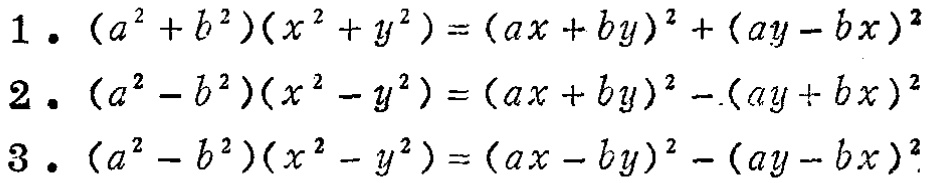
1. \((a^{2}+b^{2})(x^{2}+y^{2})=(ax + by)^{2}+(ay - bx)^{2}\)

2. \((a^{2}-b^{2})(x^{2}-y^{2})=(ax + by)^{2}-(ay + bx)^{2}\)

3. \((a^{2}-b^{2})(x^{2}-y^{2})=(ax - by)^{2}-(ay - bx)^{2}\)